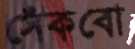
সেঁকবো